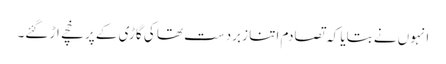
انہوں نے بتایا کہ تصادم اتنا زبردست تھا کی گاڑی کے پرخچے اڑ گئے۔